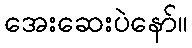
အေးဆေးပဲနော်။